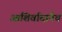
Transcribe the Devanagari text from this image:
आशिर्वादानेच